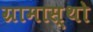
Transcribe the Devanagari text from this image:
ग्रामास्थो